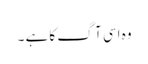
وہ اسی آگ کا ہے ۔